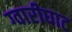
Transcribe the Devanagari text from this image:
ग्वारीघाट